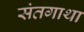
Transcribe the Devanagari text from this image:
संतगाथा